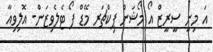
އަ މިނީ ސީރީޒް އޯ މޯޝަން ޕިކްޗަރ މޭޑް ފޯ ޓެލެވިޒަން- އޮލިވިއާ